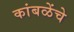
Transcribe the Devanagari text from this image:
कांबळेंचे